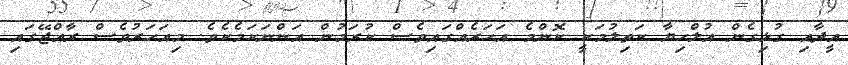
އީދާއި ގުޅިގެން އުލްހިޔާ ކަތިލުމަކީ ކޮންމެ އަހަރެއްގައިވެސް ކުރަމުން އަންނަކަމެކެވެ. މިއަހަރުވެސް ރާއްޖޭގައި